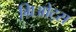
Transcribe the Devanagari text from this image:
ग्रिओट्स